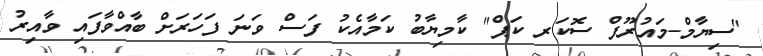
"ސިޔާމް-މައުރޫފް ސޮކަރ ކަޕް" ކާމިޔާބު ކަމާއެކު ފަސް ވަނަ ފަހަރަށް ބާއްވާފައި ވާއިރު